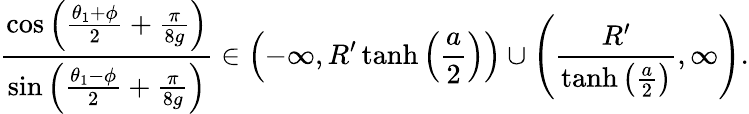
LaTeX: \frac{\cos\left(\frac{\theta_{1}+\phi}{2}+\frac{\pi}{8g}\right)}{\sin\left(\frac{\theta_{1}-\phi}{2}+\frac{\pi}{8g}\right)}\in\left(-\infty,R^{\prime}\operatorname{tanh}\left(\frac{a}{2}\right)\right)\cup\left(\frac{R^{\prime}}{\operatorname{tanh}\left(\frac{a}{2}\right)},\infty\right).